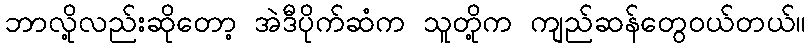
ဘာလို့လည်းဆိုတော့ အဲဒီပိုက်ဆံက သူတို့က ကျည်ဆန်တွေဝယ်တယ်။